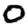
Digit: 0